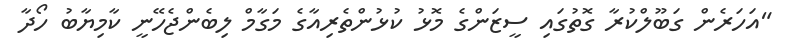
"އަހަރެން ގަބޫލްކުރާ ގޮތުގައި ސީޒަންގެ މޮޅު ކުޅުންތެރިއާގެ މަގާމް ލިބެންޖެހޭނީ ކާމިޔާބު ހޯދާ